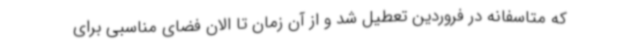
که متاسفانه در فروردین تعطیل شد و از آن زمان تا الان فضای مناسبی برای